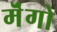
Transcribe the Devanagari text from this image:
मॆंगो